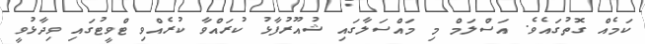
ކަމެއް ގޮތުގައެވެ. އަސްލަމް މި މައްސަލާގައި ޝުއޫރުފާޅު ކުރައްވާ ކުރެއްވި ޓްވީޓުގައި ވިދާޅުވީ